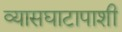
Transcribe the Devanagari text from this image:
व्यासघाटापाशी